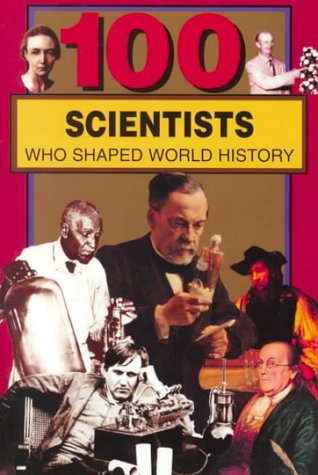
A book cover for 100 Scientists Who Shaped World History; John Tiner; Teen & Young Adult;